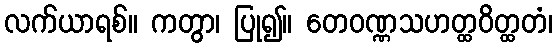
လက်ယာရစ်။ ကတွာ၊ ပြု၍။ တေဝဏ္ဏသဟတ္ထဝိတ္ထတံ၊